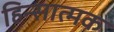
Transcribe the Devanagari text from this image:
हिन्सात्मक